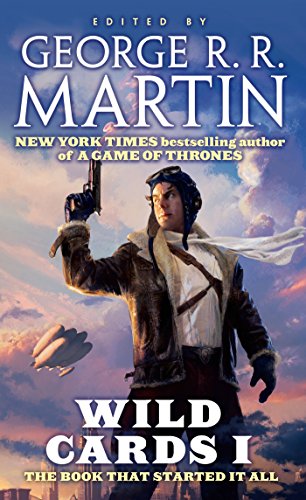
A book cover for Wild Cards I; Wild Cards Trust; Science Fiction & Fantasy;